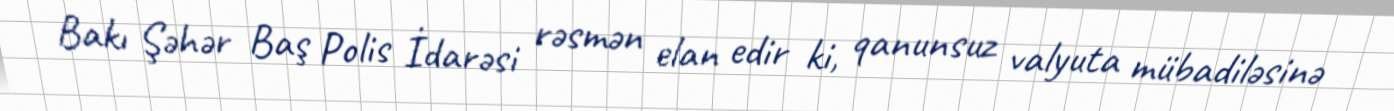
Bakı Şəhər Baş Polis İdarəsi rəsmən elan edir ki, qanunsuz valyuta mübadiləsinə